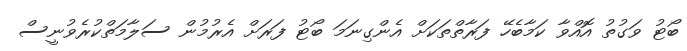
ބޯޓު ވަގުތު އޮއްވާ ކަމާބެހޭ ފަރާތްތަކަށް އެންގިނަމަ ބޯޓު ފަރަށް އެރުމުން ސަލާމަތްކުރެވުނީސް